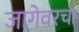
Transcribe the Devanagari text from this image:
जागेवरचा